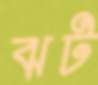
ঝট